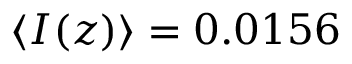
\langle I ( z ) \rangle = 0 . 0 1 5 6